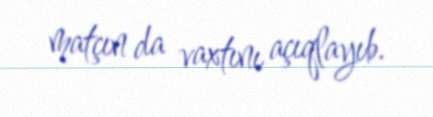
matçın da vaxtını açıqlayıb.